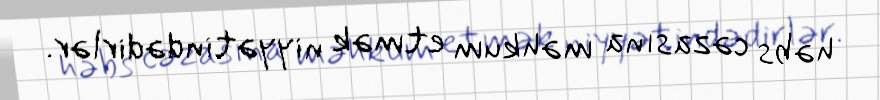
həbs cəzasına məhkum etmək niyyətindədirlər.